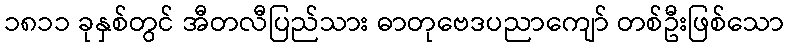
၁၈၁၁ ခုနှစ်တွင် အီတလီပြည်သား ဓာတုဗေဒပညာကျော် တစ်ဦးဖြစ်သော